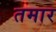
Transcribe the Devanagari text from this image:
तमार